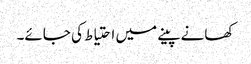
کھانے پینے میں احتیاط کی جائے۔